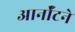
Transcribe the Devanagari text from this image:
आर्नॉटने